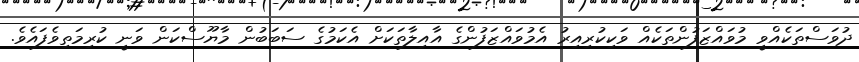
ދުވަސްތަކެއްވީ މުވައްޒަފުންތަކެއް ވަކިކުރިއިރު އެމުވައްޒަފުންގެ އާއިލާތަކަށް އެކަމުގެ ސަބަބުން މާޔޫސްކަން ވަނީ ކުރިމަތިވެފައެވެ.